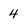
Character: 4